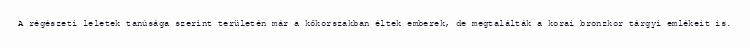
A régészeti leletek tanúsága szerint területén már a kőkorszakban éltek emberek, de megtalálták a korai bronzkor tárgyi emlékeit is.